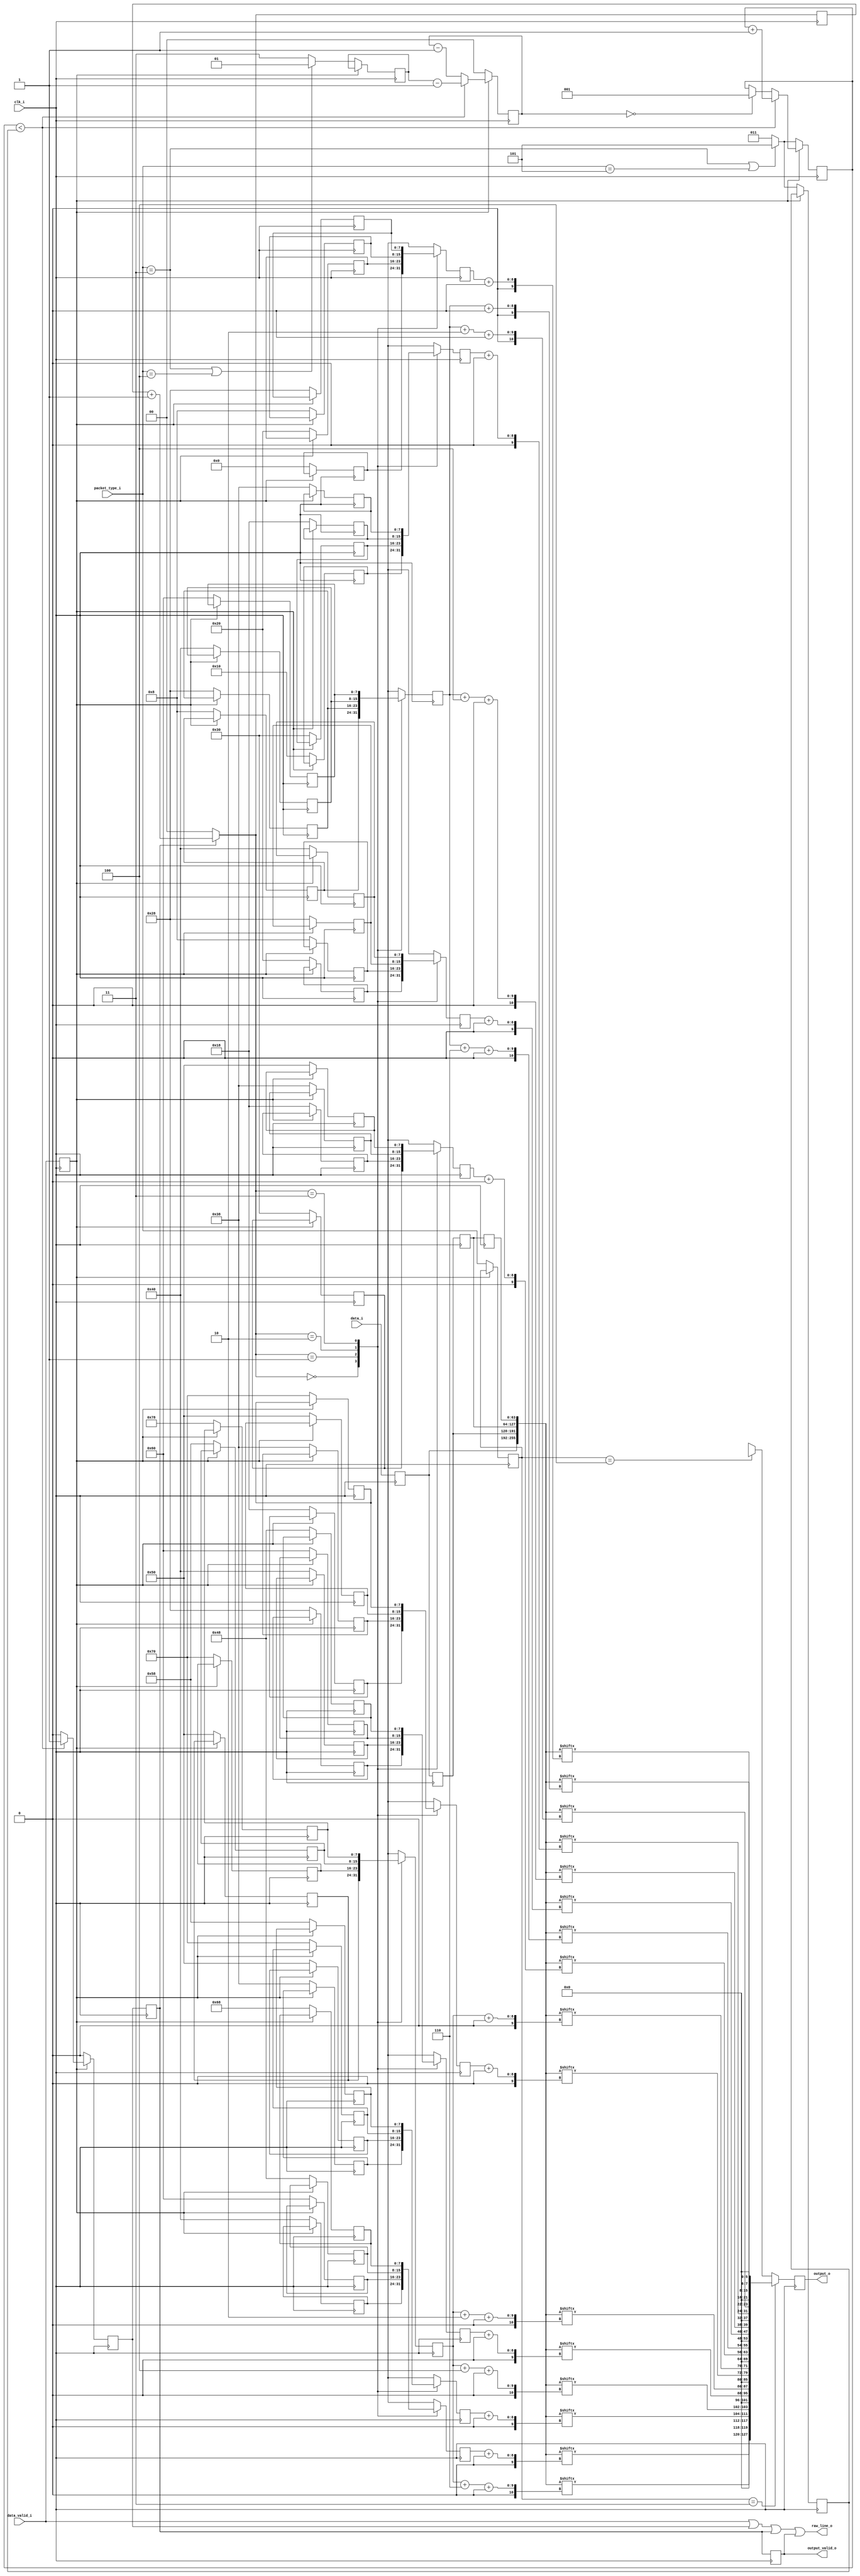
`timescale 1ns/1ns

/*
MIPI CSI RX to Parallel Bridge (c) by Gaurav Singh www.CircuitValley.com

MIPI CSI RX to Parallel Bridge is licensed under a
Creative Commons Attribution 3.0 Unported License.

You should have received a copy of the license along with this
work.  If not, see <http://creativecommons.org/licenses/by/3.0/>.
*/

/*
Receives 4 lane raw mipi bytes from packet decoder, rearrange bytes to output 8 pixel upto 16bit each 
output is one clock cycle delayed, because the way , MIPI RAW is packed 
output come in chunk on each clock cycle, output_valid_o remains active only while 20 pixel chunk is outputted 
*/

module mipi_csi_rx_raw_depacker_16b4lane(	clk_i,
											data_valid_i,
											data_i,
											packet_type_i,
											raw_line_o,
											output_valid_o,
											output_o);


localparam [7:0]MIPI_CSI_PACKET_10bRAW = 8'h2B;
localparam [7:0]MIPI_CSI_PACKET_12bRAW = 8'h2C;
localparam [7:0]MIPI_CSI_PACKET_14bRAW = 8'h2D;

input clk_i;
input data_valid_i;
input [63:0]data_i;
input [2:0]packet_type_i;

output reg output_valid_o;
output reg [127:0]output_o; 
output raw_line_o;

reg [7:0]index_table_pixel_0[3:0];
reg [7:0]index_table_pixel_1[3:0];
reg [7:0]index_table_pixel_2[3:0];
reg [7:0]index_table_pixel_3[3:0];
reg [7:0]index_table_pixel_lsb1[3:0];
reg [7:0]index_table_pixel_4[3:0];
reg [7:0]index_table_pixel_5[3:0];
reg [7:0]index_table_pixel_6[3:0];
reg [7:0]index_table_pixel_7[3:0];
reg [7:0]index_table_pixel_lsb2[3:0];

reg [7:0]offset_pixel_0;
reg [7:0]offset_pixel_1;
reg [7:0]offset_pixel_2;
reg [7:0]offset_pixel_3;
reg [7:0]offset_pixel_lsb1;
reg [7:0]offset_pixel_4;
reg [7:0]offset_pixel_5;
reg [7:0]offset_pixel_6;
reg [7:0]offset_pixel_7;
reg [7:0]offset_pixel_lsb2;


reg [1:0]offset_index;

			
reg [2:0]byte_count;
reg [63:0]last_data_i[2:0];
reg [1:0]idle_count;

reg data_valid_reg;
reg [63:0]data_reg;
reg [7:0]offset_factor_reg;
reg [2:0]burst_length_reg;
reg [1:0]idle_length_reg;
reg [2:0]packet_type_reg;

wire [7:0]offset_factor;
wire [2:0]burst_length;
wire [1:0]idle_length;
wire [255:0]pipe; //combined current and last input data byte

reg [127:0]output_10b;
reg [127:0]output_12b;
reg [127:0]output_14b;
reg output_valid_reg;
reg output_valid_reg_2;

assign pipe = {data_reg , last_data_i[0], last_data_i[1], last_data_i[2]}; //would need last bytes as well as current data to get full 8 pixel , with 16x gering bytes are arrange as [bb,aa]

				
assign offset_factor = (packet_type_i == (MIPI_CSI_PACKET_10bRAW & 8'h07))? 8'd32: (packet_type_i == (MIPI_CSI_PACKET_12bRAW & 8'h07))? 8'd32:8'd48;
					   
assign burst_length =  ((packet_type_i == (MIPI_CSI_PACKET_10bRAW & 8'h07)) || (packet_type_i == (MIPI_CSI_PACKET_14bRAW & 8'h07)))? 8'd5:8'd3;		   
						
assign idle_length =  ((packet_type_i == (MIPI_CSI_PACKET_10bRAW & 8'h07)) || (packet_type_i == (MIPI_CSI_PACKET_12bRAW & 8'h07)))? 2'd1: 2'd3;


assign raw_line_o = data_valid_i| output_valid_reg | output_valid_reg_2 | output_valid_o;
 
always @(*)
begin
	//output_10b[127:112] = 	{pipe [offset_pixel_0	+:8], 	pipe [offset_pixel_lsb1 +:2], 6'h0}; 		//lane 1 first pixel on wire	
	//output_10b[111:96]  = 	{pipe [offset_pixel_1 	+:8], 	pipe [offset_pixel_lsb1 +:4]>>2, 6'h0};		
	//output_10b[95:80]   = 	{pipe [offset_pixel_2 	+:8], 	pipe [offset_pixel_lsb1 +:6]>>4 , 6'h0};
	//output_10b[79:64]   = 	{pipe [offset_pixel_3 	+:8], 	pipe [offset_pixel_lsb1	+:8]>>6, 6'h0};
	//output_10b[63:48] = 	{pipe [offset_pixel_4 	+:8], 	pipe [offset_pixel_lsb2 +:2], 6'h0};
	//output_10b[47:32] = 	{pipe [offset_pixel_5 	+:8], 	pipe [offset_pixel_lsb2 +:4]>>2, 6'h0};
	//output_10b[31:16] = 	{pipe [offset_pixel_6 	+:8], 	pipe [offset_pixel_lsb2 +:6]>>4, 6'h0};		
	//output_10b[15:0]  = 	{pipe [offset_pixel_7	+:8], 	pipe [offset_pixel_lsb2 +:8]>>6, 6'h0}; 		//lane 4 	
	
	
	output_10b[127:112] = 	{pipe [offset_pixel_7	+:8], 	pipe[(offset_pixel_lsb2+6) +:2], 6'h0}; 		//lane 4 	
	output_10b[111:96]  = 	{pipe [offset_pixel_6 	+:8], 	pipe[(offset_pixel_lsb2+4) +:2], 6'h0};		
	output_10b[95:80]   = 	{pipe [offset_pixel_5 	+:8], 	pipe[(offset_pixel_lsb2+2) +:2], 6'h0};
	output_10b[79:64]   = 	{pipe [offset_pixel_4 	+:8], 	pipe[offset_pixel_lsb2 +:2], 6'h0};
	output_10b[63:48] = 	{pipe [offset_pixel_3 	+:8], 	pipe[(offset_pixel_lsb1+6) +:2], 6'h0};
	output_10b[47:32] = 	{pipe [offset_pixel_2 	+:8], 	pipe[(offset_pixel_lsb1+4) +:2], 6'h0};
	output_10b[31:16] = 	{pipe [offset_pixel_1 	+:8], 	pipe[(offset_pixel_lsb1+2) +:2], 6'h0};		
	output_10b[15:0]  = 	{pipe [offset_pixel_0	+:8], 	pipe[offset_pixel_lsb1 +:2], 6'h0}; 		//lane 1 first pixel on wire	

/*
	output_12b[127:112] = 	{pipe [offset_79	-:8], 	pipe [offset_95 	-:4]} << 4; 		//lane 4 	TODO:Reverify 
	output_12b[111:96]  = 	{pipe [offset_71 	-:8], 	pipe [offset_91 	-:4]} << 4;		
	output_12b[95:80]   = 	{pipe [offset_63 	-:8], 	pipe [offset_87 	-:4]} << 4;
	output_12b[79:64]   = 	{pipe [offset_55 	-:8], 	pipe [offset_83 	-:4]} << 4;
	output_12b[63:48] = 	{pipe [offset_31  	-:8], 	pipe [offset_47 	-:4]} << 4;
	output_12b[47:32] = 	{pipe [offset_23 	-:8], 	pipe [offset_43 	-:4]} << 4;
	output_12b[31:16] = 	{pipe [offset_15 	-:8], 	pipe [offset_39 	-:4]} << 4;
	output_12b[15:0]  = 	{pipe [offset_7 	-:8], 	pipe [offset_35 	-:4]} << 4; 		//lane 1
	
	output_14b[127:112] = 	{pipe [offset_87	-:8], 	pipe [offset_111 	-:6]} << 2; 		//lane 4 	TODO:Reverify 
	output_14b[111:96]  = 	{pipe [offset_79 	-:8], 	pipe [offset_105 	-:6]} << 2;		
	output_14b[95:80]   = 	{pipe [offset_71 	-:8], 	pipe [offset_99 	-:6]} << 2;
	output_14b[79:64]   = 	{pipe [offset_63 	-:8], 	pipe [offset_93 	-:6]} << 2;			
	output_14b[63:48] =		{pipe [offset_31 	-:8], 	pipe [offset_55 	-:6]} << 2;			
	output_14b[47:32] = 	{pipe [offset_23 	-:8], 	pipe [offset_49 	-:6]} << 2;
	output_14b[31:16] = 	{pipe [offset_15 	-:8], 	pipe [offset_43 	-:6]} << 2;
	output_14b[15:0]  = 	{pipe [offset_7 	-:8], 	pipe [offset_37 	-:6]} << 2; 		//lane 1 
	*/
end

always @(posedge clk_i)
begin

	
	if (packet_type_reg == (MIPI_CSI_PACKET_10bRAW & 8'h07))
	begin
		output_o <= output_10b;
	end
	else if (packet_type_reg == (MIPI_CSI_PACKET_12bRAW & 8'h07))
	begin		
		output_o <= output_12b;
	end
	else // if (packet_type_i == (MIPI_CSI_PACKET_14bRAW & 8'h07))
	begin
		output_o <= output_14b;
	end
	
end



always @(posedge clk_i)
begin
	
		output_valid_reg_2 <= output_valid_reg;
		output_valid_o <= output_valid_reg_2;
		
		if (output_valid_reg_2)
		begin
			offset_index = offset_index + 1;
		end
		else
		begin
			offset_index = 0;
		end
		
		offset_pixel_0 <= index_table_pixel_0[offset_index];
		offset_pixel_1 <= index_table_pixel_1[offset_index];
		offset_pixel_2 <= index_table_pixel_2[offset_index];
		offset_pixel_3 <= index_table_pixel_3[offset_index];
		offset_pixel_lsb1 <= index_table_pixel_lsb1[offset_index];
		offset_pixel_4 <= index_table_pixel_4[offset_index];
		offset_pixel_5 <= index_table_pixel_5[offset_index];
		offset_pixel_6 <= index_table_pixel_6[offset_index];
		offset_pixel_7 <= index_table_pixel_7[offset_index];
		offset_pixel_lsb2 <= index_table_pixel_lsb2[offset_index];
end

always @(posedge clk_i )//or negedge data_valid_reg)
begin
	
	if (data_valid_reg)
	begin

		if (byte_count < (burst_length_reg))
		begin
			byte_count <= byte_count + 1'd1;
			idle_count <= idle_length_reg - 1'b1;			
			
			output_valid_reg <= 1'b1;
			
		end
		else
		begin
			idle_count <= idle_count - 1'b1;
			if (!idle_count)
			begin
				byte_count <= 4'b1;		//set to 1 to enable output_valid_o with next edge
			end

			output_valid_reg <= 1'h0;
		end


	end
	else
	begin
	
		byte_count <= burst_length;

		index_table_pixel_0[0] <= 0;  
		index_table_pixel_0[1] <= 32;
		index_table_pixel_0[2] <= 8;
		index_table_pixel_0[3] <= 40;
		
		index_table_pixel_1[0] <= 16;
		index_table_pixel_1[1] <= 48;
		index_table_pixel_1[2] <= 24;
		index_table_pixel_1[3] <= 56;
		
		index_table_pixel_2[0] <= 32;
		index_table_pixel_2[1] <= 8;
		index_table_pixel_2[2] <= 40;
		index_table_pixel_2[3] <= 64;
		
		index_table_pixel_3[0] <= 48;
		index_table_pixel_3[1] <= 24;
		index_table_pixel_3[2] <= 56;
		index_table_pixel_3[3] <= 80;
		
		index_table_pixel_lsb1[0] <= 8;
		index_table_pixel_lsb1[1] <= 40;
		index_table_pixel_lsb1[2] <= 64;
		index_table_pixel_lsb1[3] <= 96;
		
		index_table_pixel_4[0] <= 24;
		index_table_pixel_4[1] <= 56;
		index_table_pixel_4[2] <= 80;
		index_table_pixel_4[3] <= 112;
		
		index_table_pixel_5[0] <= 40;
		index_table_pixel_5[1] <= 64;
		index_table_pixel_5[2] <= 96;
		index_table_pixel_5[3] <= 72;
		
		index_table_pixel_6[0] <= 56;
		index_table_pixel_6[1] <= 80;
		index_table_pixel_6[2] <= 112;
		index_table_pixel_6[3] <= 88;
		
		index_table_pixel_7[0] <= 64;
		index_table_pixel_7[1] <= 96;
		index_table_pixel_7[2] <= 72;
		index_table_pixel_7[3] <= 104;
		
		index_table_pixel_lsb2[0] <= 80;
		index_table_pixel_lsb2[1] <= 112;
		index_table_pixel_lsb2[2] <= 88;
		index_table_pixel_lsb2[3] <= 120;
		
	//	if (packet_type_i == (MIPI_CSI_PACKET_14bRAW & 8'h07))		// for 14bit need to wait for 3 sample while 12bit and 10bit only need 1 sample delay
	//	begin
	//		idle_count <= 3'd2;
	//	end
	//	else
	//	begin 
			idle_count <= 3'b0;	//need to be zero to wait for 1 sample after data become valid	
	//	end
		
		output_valid_reg <= 1'h0;
		offset_factor_reg <= offset_factor;
		burst_length_reg <= burst_length;
		idle_length_reg <= idle_length;
		packet_type_reg <= packet_type_i;
	end
end

always @(posedge clk_i)
begin
		data_valid_reg <= data_valid_i;
		data_reg <= data_i;
		
		last_data_i[0] <= data_reg;
		last_data_i[1] <= last_data_i[0];
		last_data_i[2] <= last_data_i[1];
end

endmodule